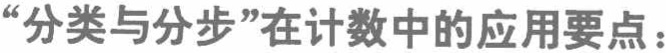
“分类与分步”在计数中的应用要点：